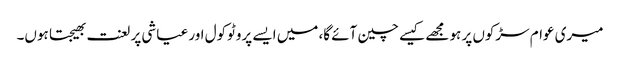
میری عوام سڑکوں پر ہو مجھے کیسے چین آئے گا، میں ایسے پروٹوکول اور عیاشی پر لعنت بھیجتا ہوں۔